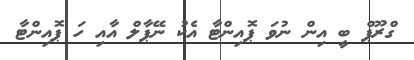
ގްރޫޕް ބީ އިން ނުވަ ޕޮއިންޓާ އެކު ނޭޕާލް އާއި ހަ ޕޮއިންޓާ